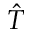
\hat { T }